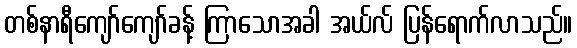
တစ်နာရီကျော်ကျော်ခန့် ကြာသောအခါ အယ်လ် ပြန်ရောက်လာသည်။